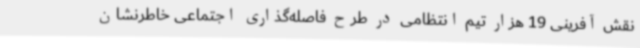
نقش آفرینی 19 هزار تیم انتظامی در طرح فاصله‌گذاری اجتماعی خاطرنشان